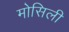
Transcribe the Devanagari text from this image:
मोसिली